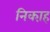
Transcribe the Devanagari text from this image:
निका़ह